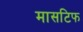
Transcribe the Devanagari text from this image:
मासटिफ